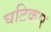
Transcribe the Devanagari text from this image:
घटिकार